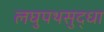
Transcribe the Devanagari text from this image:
लघुपथसुद्धा